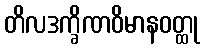
တိလဒက္ခိဏဝိမာနဝတ္ထု